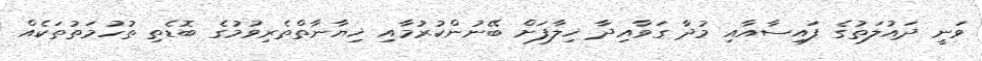
ވަނީ ދައުލަތުގެ ފައިސާއާއި މުދާ ގަވާއިދާ ޚިލާފަށް ބޭނުންކުރުމާއި ޚިޔާނާތްތެރިވުމުގެ ބޮޑެތި ތުހުމަތުތަކެއް